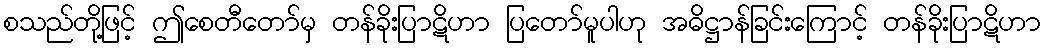
စသည်တို့ဖြင့် ဤစေတီတော်မှ တန်ခိုးပြာဋိဟာ ပြတော်မူပါဟု အဓိဋ္ဌာန်ခြင်းကြောင့် တန်ခိုးပြာဋိဟာ